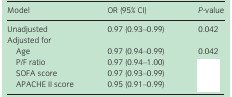
<table><thead><tr><td><b>Model</b></td><td><b>OR (95% CI)</b></td><td><b><i>P</i>‐value</b></td></tr></thead><tbody><tr><td>Unadjusted</td><td>0.97 (0.93–0.99)</td><td>0.042</td></tr><tr><td colspan="3">Adjusted for</td></tr><tr><td>Age</td><td>0.97 (0.94–0.99)</td><td>0.042</td></tr><tr><td>P/F ratio</td><td>0.97 (0.94–1.00)</td><td>[EMPTY_CELL]</td></tr><tr><td>SOFA score</td><td>0.97 (0.93–0.99)</td><td>[EMPTY_CELL]</td></tr><tr><td>APACHE II score</td><td>0.95 (0.91–0.99)</td><td>[EMPTY_CELL]</td></tr></tbody></table>